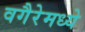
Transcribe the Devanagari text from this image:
वगैरेमध्ये